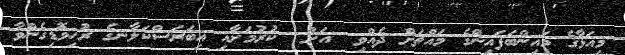
މިއަޅާގެ މައިންބަފައިންގެ މައްޗަށް ދެއްވި  އަށް  ކުރުމަށާއި އިބަރަސްކަލާނގެ ރުހިވޮޑިގެންވާ